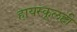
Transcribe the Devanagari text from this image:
हायस्कूलही